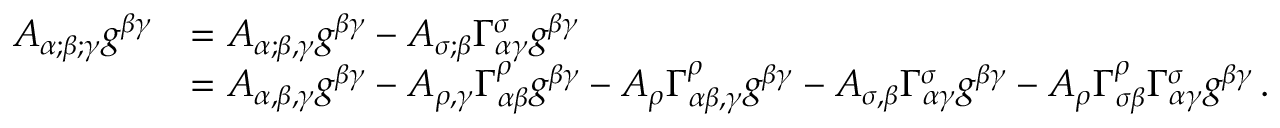
{ \begin{array} { r l } { A _ { \alpha ; \beta ; \gamma } g ^ { \beta \gamma } } & { = A _ { \alpha ; \beta , \gamma } g ^ { \beta \gamma } - A _ { \sigma ; \beta } \Gamma _ { \alpha \gamma } ^ { \sigma } g ^ { \beta \gamma } } \\ & { = A _ { \alpha , \beta , \gamma } g ^ { \beta \gamma } - A _ { \rho , \gamma } \Gamma _ { \alpha \beta } ^ { \rho } g ^ { \beta \gamma } - A _ { \rho } \Gamma _ { \alpha \beta , \gamma } ^ { \rho } g ^ { \beta \gamma } - A _ { \sigma , \beta } \Gamma _ { \alpha \gamma } ^ { \sigma } g ^ { \beta \gamma } - A _ { \rho } \Gamma _ { \sigma \beta } ^ { \rho } \Gamma _ { \alpha \gamma } ^ { \sigma } g ^ { \beta \gamma } \, . } \end{array} }